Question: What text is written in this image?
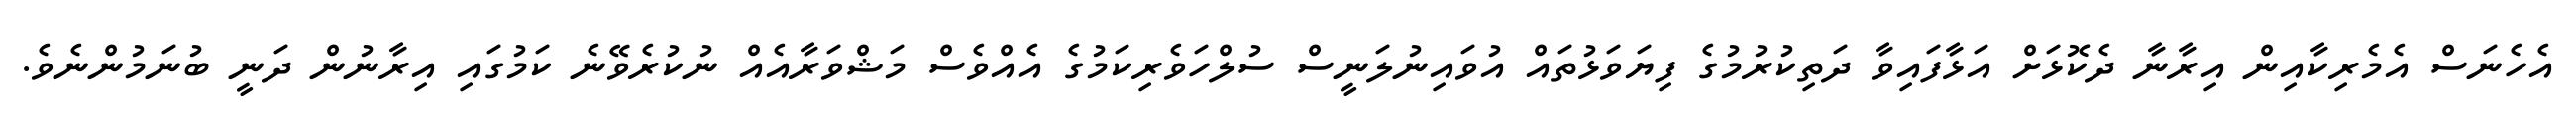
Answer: އެހެނަސް އެމެރިކާއިން އިރާނާ ދެކޮޅަށް އަޅާފައިވާ ދަތިކުރުމުގެ ފިޔަވަޅުތައް އުވައިނުލަނީސް ސުލްހަވެރިކަމުގެ އެއްވެސް މަޝްވަރާއެއް ނުކުރެވޭނެ ކަމުގައި އިރާނުން ދަނީ ބުނަމުންނެވެ.